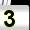
Digit: 3